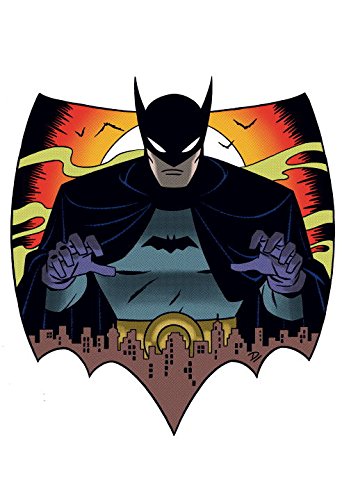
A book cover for Batman: The Golden Age Omnibus Vol. 1; Various; Comics & Graphic Novels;